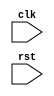
module Loop_behavioral_model(
    input clk,
    input rst,
    // other input signals
    
    // declare any necessary variables or signals
);

reg [7:0] counter;

always @(posedge clk or posedge rst) begin
    if (rst) begin
        counter <= 0;
        // reset any other variables or signals
    end else begin
        if (counter < 10) begin
            // execute statements for first condition
        end else if (counter < 20) begin
            // execute statements for second condition
        end else begin
            // default behavior
        end
        
        counter <= counter + 1; // or decrement if needed
    end
end

// other logic for the module

endmodule